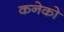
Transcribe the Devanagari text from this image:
कनेको